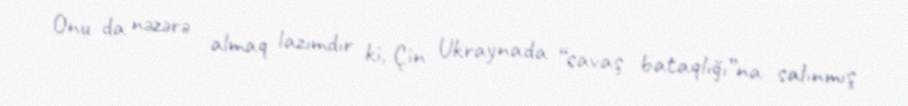
Onu da nəzərə almaq lazımdır ki, Çin Ukraynada “savaş bataqlığı”na salınmış